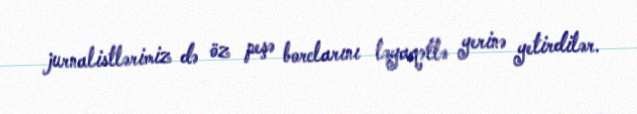
jurnalistlərimiz də öz peşə borclarını ləyaqətlə yerinə yetirdilər.